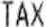
TAX